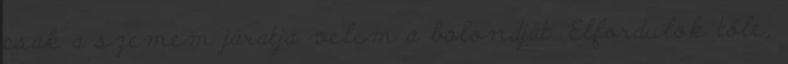
csak a szemem járatja velem a bolondját. Elfordulok tőle,